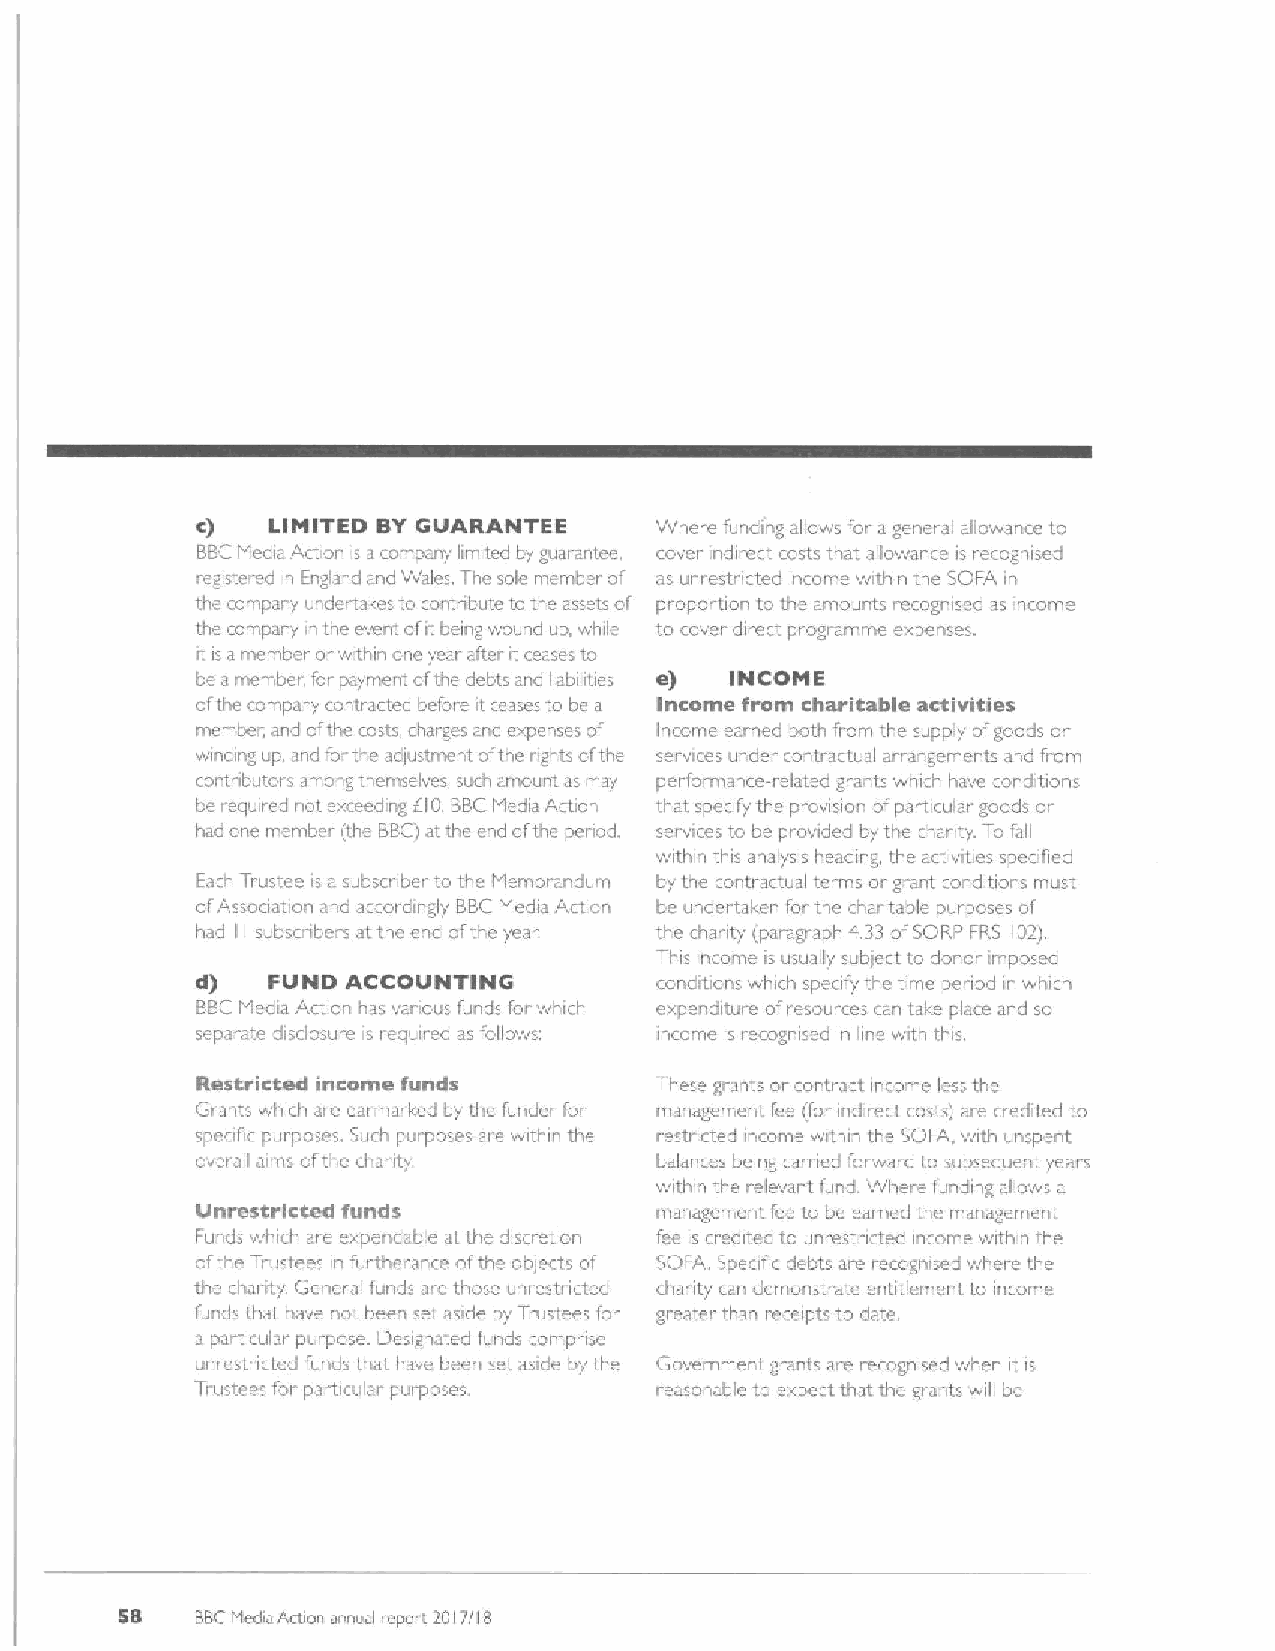
c)   LIMITED BYGUARANTEE      Where funding allows f'or a general allowance to
 BBCMedia Action is acompany limited by guarantee, cover indirect rosts that allowance is recognised
 registei cd in Engbnd and Wales. The sole member of as unrestncted income within the SOFA in
 the company undertakes to contribute to the assets of propoi tion to lhe amounts recognised as income
 the company in the event ofit being wound up, while to cover direct progi.arnme expenses.
 it is a member or within one year after it ceases to
 be a member. for payme tofthe debts and liabilities e) INCOME
 ofthe company contracted before it ceases to bc a Income from charitable activities
 member, and ofthe costs charges and expenses of Income earned both from the supply ofgoods or
 winding up, and for the adjustment ofthe rights ofthe services under contractual arrangements and from
 contnbutors amoiig themselves, such,&mount. as i~iay performance-related grants which have ronditions
 be requv ed not exceeding f10.BBCMedia Action that sperify the provision ofparticular goods or
 had one member (the BIBC)at the end ofthe penod, services to be provided by the chanty. To fall
 within this analysis heading, the activities speofied
 Each Trustee is a.subsrriber to the Memorandu vi by the contractual terms or grant condibons must
 ofAssociation and accordingly BBCMedia Action be undertaken for the charitable purposes of
 had II subso ibers at the ond ofthe year the charity (paragraph d.33 ofSORP FRS I02i
 This income is usually sublect to dono, imposed
 d)   FUND ACCOUNTING          conditions which sperify the time period in which
 BBCMedia Action has vanous funds forwhich expenditure ofresources can take plaice and so
 separate disdosure is required as follows. income is iecognised in line with this
 Restricted income funds       These grants or contract income less the
 Crants which are earmarlsed by the funder for management fee (for indirect costs) are credited to
 spocifc purposes. Such purposes are within the r'estncted income within the SOFA, with unspent
 overall aims oftl e chanty    balances being earned forward to subsequent years
 within the relevant fund. Where funding allows a
 Unrestricted funds            management fee to be earned the management
 Funds which are expendable at the discretion fee is credited to unrestricted income within the
 ofthe Ti.ustees in furtherance ofthe oblects of SOFA Speofic debts are recognised where the
 thc shanty. Ceneral funds are those unrestricted charity can demonstrate entitlement to income
 funds that have not been set as de by Truslees for greater than receipts to date,
 a particular purpose. Designated funds comprise
 unresti ictod funds that have been set aside by the Government grants are recognised when it is
 Trustees for particular purposes. reasonable to expect that the grants will be
 58   BBChtedia Action annual repoi ~2017/l 8